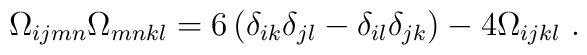
\Omega_{ijmn} \Omega_{mnkl} = 6 \left( \delta_{ik}\delta_{jl} -\delta_{il}\delta_{jk} \right) - 4 \Omega_{ijkl}~.